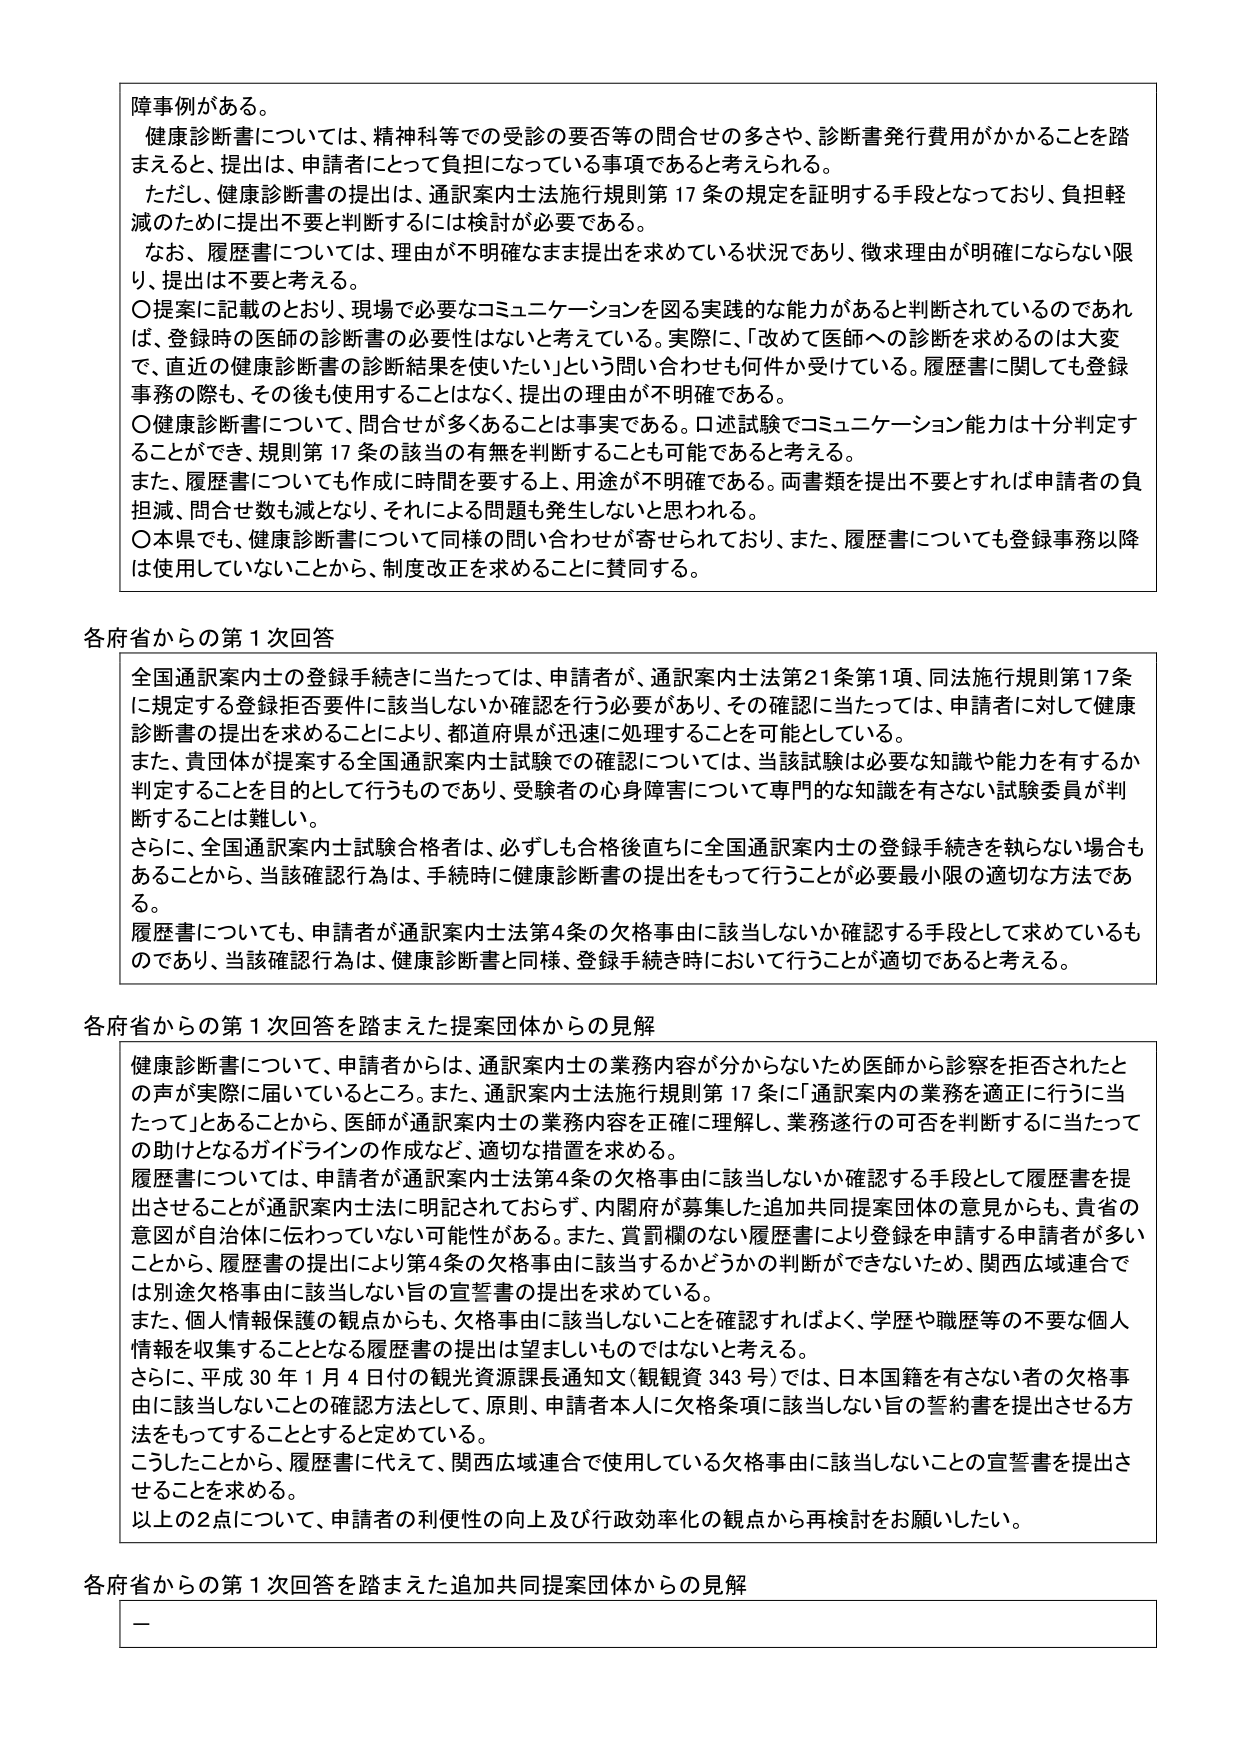
障事例がある。
健康診断書については、精神科等での受診の要否等の問合せの多さや、診断書発行費用がかかることを踏まえると、提出は、申請者にとって負担になっている事項であると考えられる。
ただし、健康診断書の提出は、通訳案内士法施行規則第17条の規定を証明する手段となっており、負担軽減のために提出不要と判断するには検討が必要である。
なお、履歴書については、理由が不明確なまま提出を求めている状況であり、徴求理由が明確にならない限り、提出は不要と考える。
〇提案に記載のとおり、現場で必要なコミュニケーションを図る実践的な能力があると判断されているのであれば、登録時の医師の診断書の必要性はないと考えている。実際に、「改めて医師への診断を求めるのは大変で、直近の健康診断書の診断結果を使いたい」という問い合わせも何件か受けている。履歴書に関しても登録事務の際も、その後も使用することはなく、提出の理由が不明確である。
〇健康診断書について、問合せが多くあることは事実である。口述試験でコミュニケーション能力は十分判定することができ、規則第17条の該当の有無を判断することも可能であると考える。
また、履歴書についても作成に時間を要する上、用途が不明確である。両書類を提出不要とすれば申請者の負担減、問合せ数も減となり、それによる問題も発生しないと思われる。
〇本県でも、健康診断書について同様の問い合わせが寄せられており、また、履歴書についても登録事務以降は使用していないことから、制度改正を求めることに賛同する。

各府省からの第1次回答
全国通訳案内士の登録手続きに当たっては、申請者が、通訳案内士法第21条第1項、同法施行規則第17条に規定する登録拒否要件に該当しないか確認を行う必要があり、その確認に当たっては、申請者に対して健康診断書の提出を求めることにより、都道府県が迅速に処理することを可能としている。
また、貴団体が提案する全国通訳案内士試験での確認については、当該試験は必要知識や能力を有するか判定することを目的として行うものであり、受験者の心身障害について専門的な知識を有さない試験委員が判断することは難しい。
さらに、全国通訳案内士試験合格者は、必ずしも合格後直ちに全国通訳案内士の登録手続きを執らない場合もあることから、当該確認行為は、手続時に健康診断書の提出をもって行うことが必要最小限の適切な方法である。
履歴書についても、申請者が通訳案内士法第4条の欠格事由に該当しないか確認する手段として求めているものであり、当該確認行為は、健康診断書と同様、登録手続き時において行うことが適切であると考える。

各府省からの第1次回答を踏まえた提案団体からの見解
健康診断書について、申請者からは、通訳案内士の業務内容が分からないため医師から診察を拒否されたとの声が実際に届いているところ。また、通訳案内士法施行規則第17条に「通訳案内の業務を適正に行うに当たって」とあることから、医師が通訳案内士の業務内容を正確に理解し、業務遂行の可否を判断するに当たっての助けとなるガイドラインの作成など、適切な措置を求める。
履歴書については、申請者が通訳案内士法第4条の欠格事由に該当しないか確認する手段として履歴書を提出させることが通訳案内士法に明記されておらず、内閣府が募集した追加共同提案団体の意見からも、貴省の意図が自治体に伝わっていない可能性がある。また、賞罰欄のない履歴書により登録を申請する申請者が多いことから、履歴書の提出により第4条の欠格事由に該当するかどうかの判断ができないため、関西広域連合では別途欠格事由に該当しない旨の宣誓書の提出を求めている。
また、個人情報保護の観点からも、欠格事由に該当しないことを確認すればよく、学歴や職歴等の不要な個人情報を収集することとなる履歴書の提出は望ましいものではないと考える。
さらに、平成30年1月4日付の観光資源課長通知文（観観資343号）では、日本国籍を有さない者の欠格事由に該当しないことの確認方法として、原則、申請者本人に欠格条項に該当しない旨の誓約書を提出させる方法をもってすることと定めている。
こうしたことから、履歴書に代えて、関西広域連合で使用している欠格事由に該当しないことの宣誓書を提出させることを求める。
以上の2点について、申請者の利便性の向上及び行政効率化の観点から再検討をお願いしたい。

各府省からの第1次回答を踏まえた追加共同提案団体からの見解
ー